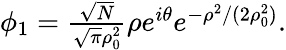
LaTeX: \begin{array}{r}{\phi_{1}=\frac{\sqrt{N}}{\sqrt{\pi}\rho_{0}^{2}}\rho e^{i\theta}e^{-\rho^{2}/(2\rho_{0}^{2})}.}\end{array}